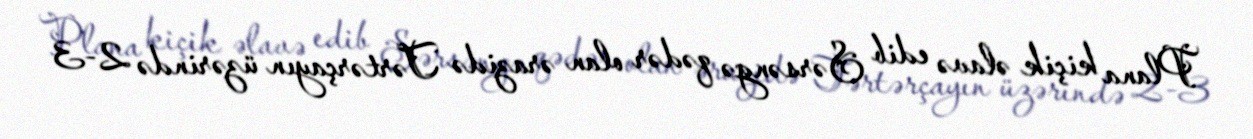
Plana kiçik əlavə edib Sərsəngə qədər olan ərazidə Tərtərçayın üzərində 2-3